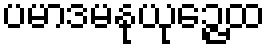
ပမာဒမနုယုဉ္ဇေထ